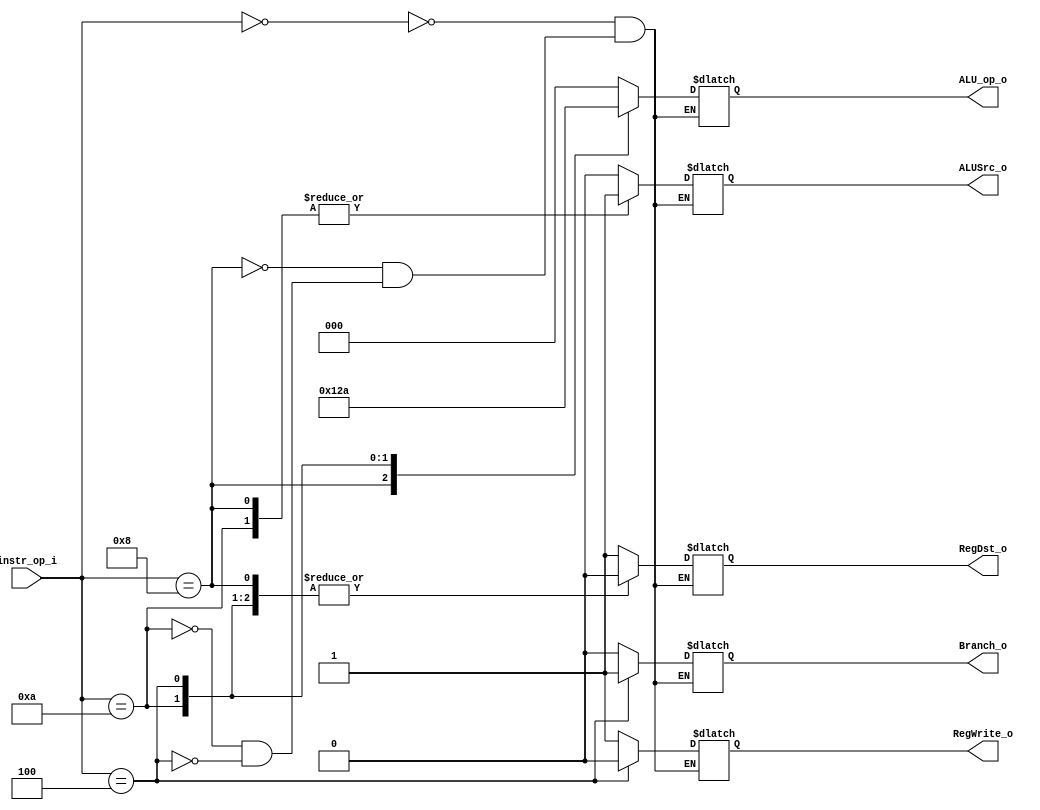
//109550134
//Subject:     CO project 2 - Decoder
//--------------------------------------------------------------------------------
//Version:     1
//--------------------------------------------------------------------------------
//Writer:      Luke
//----------------------------------------------
//Date:        
//----------------------------------------------
//Description: 
//--------------------------------------------------------------------------------
`timescale 1ns/1ps
module Decoder(
    instr_op_i,
	RegWrite_o,
	ALU_op_o,
	ALUSrc_o,
	RegDst_o,
	Branch_o
	);
     
//I/O ports
input  [6-1:0] instr_op_i;

output         RegWrite_o;
output [3-1:0] ALU_op_o;
output         ALUSrc_o;
output         RegDst_o;
output         Branch_o;
 
//Internal Signals
reg    [3-1:0] ALU_op_o;
reg            ALUSrc_o;
reg            RegWrite_o;
reg            RegDst_o;
reg            Branch_o;

//Parameter

//Main function
always@(*)begin
    case(instr_op_i)
        'b000000:begin//R -format
            ALU_op_o <= 'b000;
            ALUSrc_o <= 'b0;
            RegWrite_o <= 'b1;
            RegDst_o <= 'b1;
            Branch_o <= 'b0;
        end
        'b001000:begin//addi
            ALU_op_o <= 'b100;
            ALUSrc_o <= 'b1;
            RegWrite_o <= 'b1;
            RegDst_o <= 'b0;
            Branch_o <= 'b0;
        end
        'b001010:begin//slti
            ALU_op_o <= 'b101;
            ALUSrc_o <= 'b1;
            RegWrite_o <= 'b1;
            RegDst_o <= 'b0;
            Branch_o <= 'b0;
        end
        'b000100:begin//beq
            ALU_op_o <= 'b010;
            ALUSrc_o <= 'b0;
            RegWrite_o <= 'b0;
            RegDst_o <= 'b0;
            Branch_o <= 'b1;
        end
        
    endcase
end
endmodule